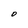
Character: O